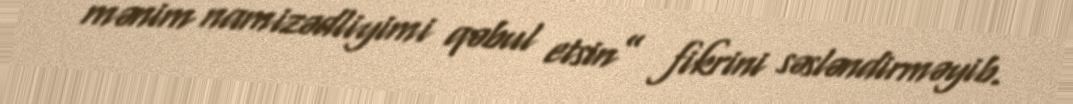
mənim namizədliyimi qəbul etsin” fikrini səsləndirməyib.